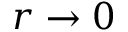
r \rightarrow 0